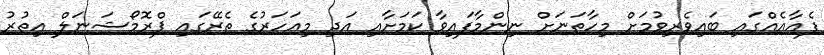
ފެއާއެއްގައި ބައިވެރިވުމަށް މިހާތަނަށް ނިންމާފައިވާ ކަމަށާއި އަދި މިއަހަރުގެ ތެރޭގައި ޕްރޮމޯޝަނަލް އިތުރު